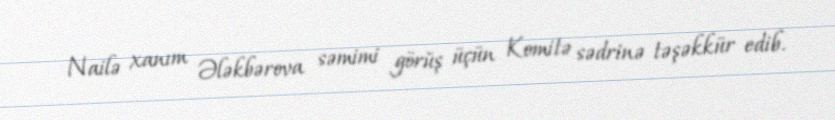
Nailə xanım Ələkbərova səmimi görüş üçün Komitə sədrinə təşəkkür edib.